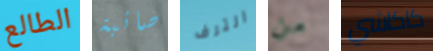
الطالع صائبة الترف من كاكاشي